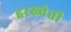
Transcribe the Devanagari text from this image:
हरख्वेती